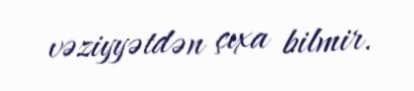
vəziyyətdən çıxa bilmir.